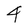
Character: 4